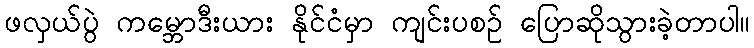
ဖလှယ်ပွဲ ကမ္ဘောဒီးယား နိုင်ငံမှာ ကျင်းပစဉ် ပြောဆိုသွားခဲ့တာပါ။